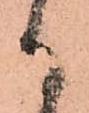
御